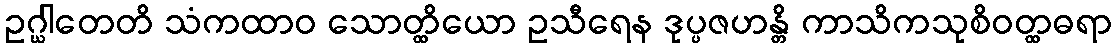
ဥဂ္ဃါတေတိ သံကထာဝ သောတ္ထိယော ဥသီရေန ဒုပ္ပဇဟန္တိ ကာသိကသုစိဝတ္ထဓရာ